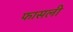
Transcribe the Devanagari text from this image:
फासली